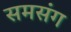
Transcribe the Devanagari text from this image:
समसंग